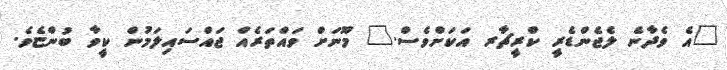
"އެ ވެދާނެ ލެޖެންޑެރީ ކްރީޗާރ އަކަށްވެސް." މޫނަށް ވައްތަރެއް ޖައްސައިލަމުން ކީވާ ބުންޏެވެ.